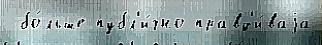
 бо́льше публ'и́чно правд'и́ваjа